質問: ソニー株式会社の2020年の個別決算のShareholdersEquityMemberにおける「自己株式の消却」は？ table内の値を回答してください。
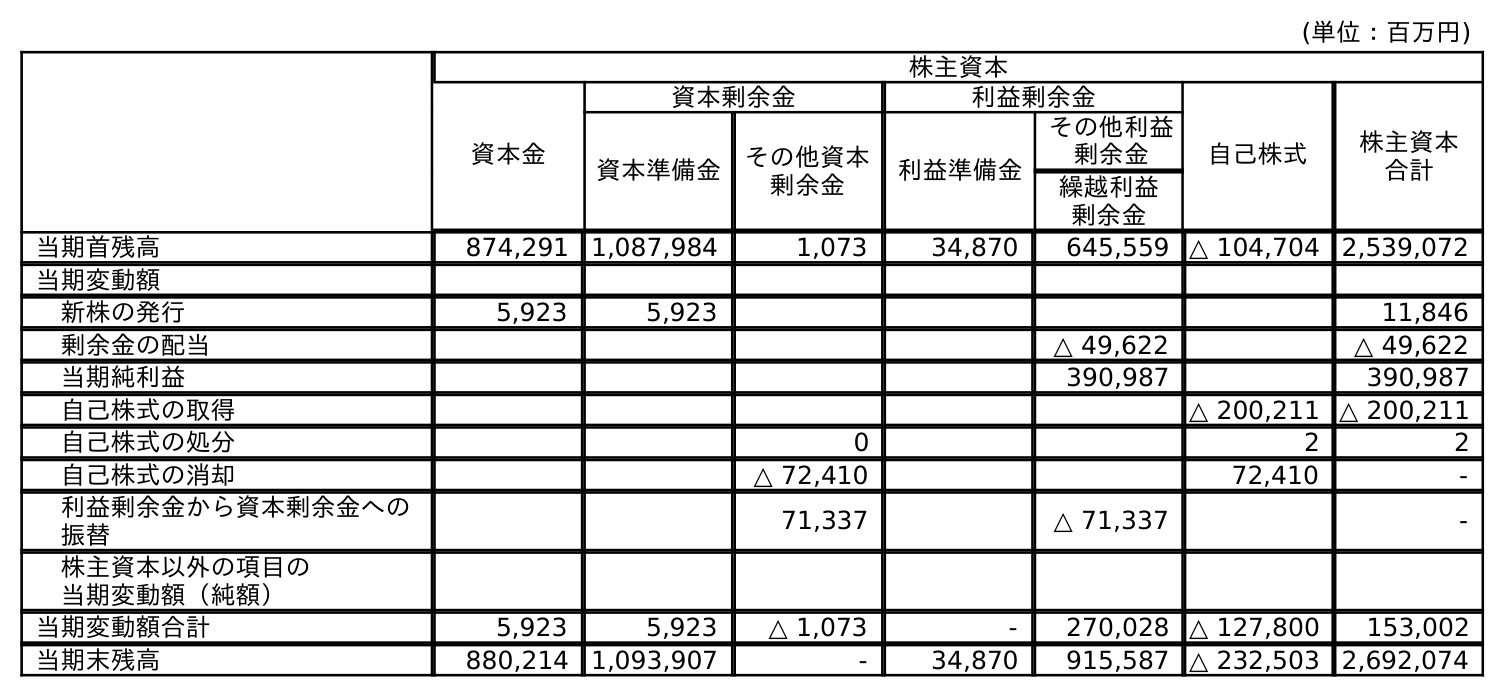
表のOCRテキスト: (単位：百万円) 株主資本 資本金 資本剰余金 利益剰余金 自己株式 株主資本 合計 資本準備金 その他資本 剰余金 利益準備金 その他利益 剰余金 繰越利益 剰余金 当期首残高 874,291 1,087,984 1,073 34,870 645,559 △ 104,704 2,539,072 当期変動額 新株の発行 5,923 5,923 11,846 剰余金の配当 △ 49,622 △ 49,622 当期純利益 390,987 390,987 自己株式の取得 △ 200,211 △ 200,211 自己株式の処分 0 2 2 自己株式の消却 △ 72,410 72,410 - 利益剰余金から資本剰余金への 振替 71,337 △ 71,337 - 株主資本以外の項目の 当期変動額（純額） 当期変動額合計 5,923 5,923 △ 1,073 - 270,028 △ 127,800 153,002 当期末残高 880,214 1,093,907 - 34,870 915,587 △ 232,503 2,692,074
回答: -